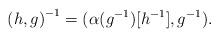
LaTeX: \begin{align*} {(h,g)}^{-1}=(\alpha(g^{-1})[h^{-1}],g^{-1}).\end{align*}